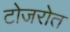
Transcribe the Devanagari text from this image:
टोजरोत